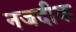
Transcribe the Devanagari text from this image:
नजदीक